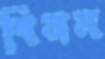
বিভ্রম